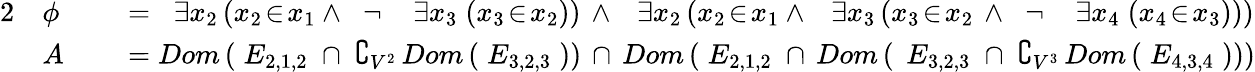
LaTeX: {\begin{array}{rlrl}{{2}}&{\phi\; }&&{=\; \; \exists x_{2}\, (x_{2}\! \in\! x_{1}\land\; \; \neg\; \; \; \; \exists x_{3}\; (x_{3}\! \in\! x_{2}))\, \land\; \; \, \exists x_{2}\, (x_{2}\! \in\! x_{1}\land\; \; \, \exists x_{3}\, (x_{3}\! \in\! x_{2}\, \land\; \; \neg\; \; \; \; \exists x_{4}\; (x_{4}\! \in\! x_{3})))}\\ &{A\; }&&{=Dom\, (\; E_{2,1,2}\; \cap\; \complement_{V^{2}}\, Dom\, (\; E_{3,2,3}\; ))\, \cap\, Dom\, (\; E_{2,1,2}\; \cap\, Dom\, (\; \, E_{3,2,3}\; \cap\; \complement_{V^{3}}\, Dom\, (\; E_{4,3,4}\; )))}\end{array}}